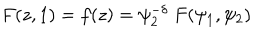
F ( z , 1 ) = f ( z ) = \psi _ { 2 } ^ { - \delta } ~ F ( \psi _ { 1 } , \psi _ { 2 } )